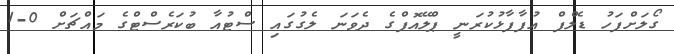
ގޯލަށްފަހު ޑެލްފް އުފާފާޅުކުރަނީ ޕްލޭއޮފްގެ ދެވަނަ ލެގުގައި ސްޓުއާ ބުކަރެސްޓްގެ މައްޗަށް 0-1